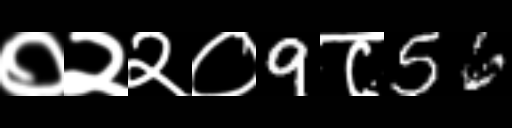
Text: ०२२०9८56